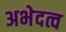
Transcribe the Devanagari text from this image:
अभेदत्व